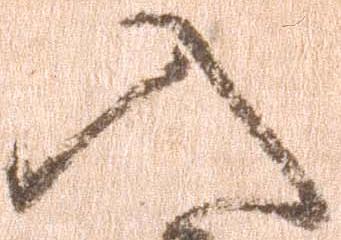
入